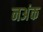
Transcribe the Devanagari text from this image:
नअंक